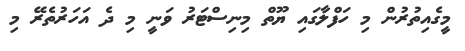
މީގެއިތުރުން މި ހަފްލާގައި ޔޫތް މިނިސްޓަރު ވަނީ މި ދެ އަހަރުތެރޭ މި